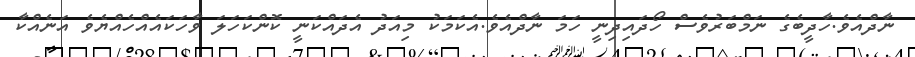
ނާދްއެވެ.ހާދީބެގެ ނަމްބަރުވެސް ހޯދައިދިނީ ހަމަ ނާދްއެވެ.އެކަމަކު މިއަދު އެދައްކަނީ ކޮންކަހަލަ ވާހަކައެއްހެއްޔެވެ އަނެއްކާ